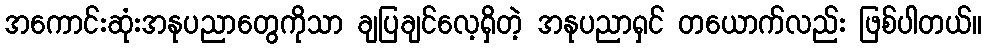
အကောင်းဆုံးအနုပညာတွေကိုသာ ချပြချင်လေ့ရှိတဲ့ အနုပညာရှင် တယောက်လည်း ဖြစ်ပါတယ်။